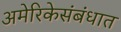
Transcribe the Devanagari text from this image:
अमेरिकेसंबंधात